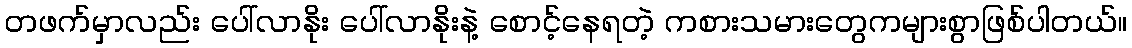
တဖက်မှာလည်း ပေါ်လာနိုး ပေါ်လာနိုးနဲ့ စောင့်နေရတဲ့ ကစားသမားတွေကများစွာဖြစ်ပါတယ်။